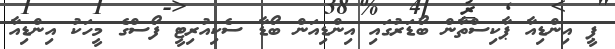
ޕީ އިންޑިއާ ޕާކިސްތާން ބޯޑަރުގައި އިންޑިއަން ބޯޑާ ސެކިއުރިޓީ ފޯސްގެ މީހަކު އިންޑިއާ